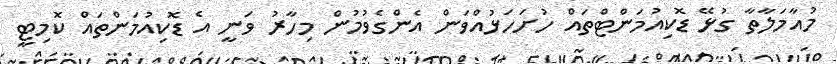
މުއާމަލާތާ ގުޅޭ ޑޮކިއުމަންޓްތައް ހުށަހަޅުއްވަން އެންގެވުމުން މިހާރު ވަނީ އެ ޑޮކިއުމަންތައް ކޮމިޓީ